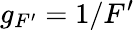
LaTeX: g_{F^{\prime}}=1/F^{\prime}